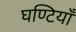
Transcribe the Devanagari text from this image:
घण्टियाँ